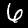
Digit: 6